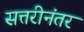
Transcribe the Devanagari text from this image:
सत्तरीनंतर